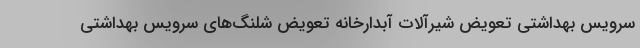
سرویس بهداشتی تعویض شیرآلات آبدارخانه تعویض شلنگ‌های سرویس بهداشتی